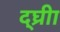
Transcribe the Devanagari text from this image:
द्घ्रीा